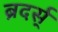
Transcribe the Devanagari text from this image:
ब्रदर्स्